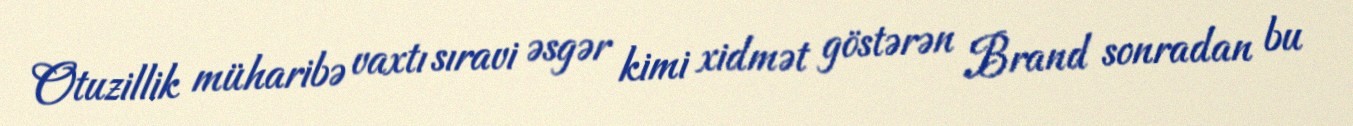
Otuzillik müharibə vaxtı sıravi əsgər kimi xidmət göstərən Brand sonradan bu